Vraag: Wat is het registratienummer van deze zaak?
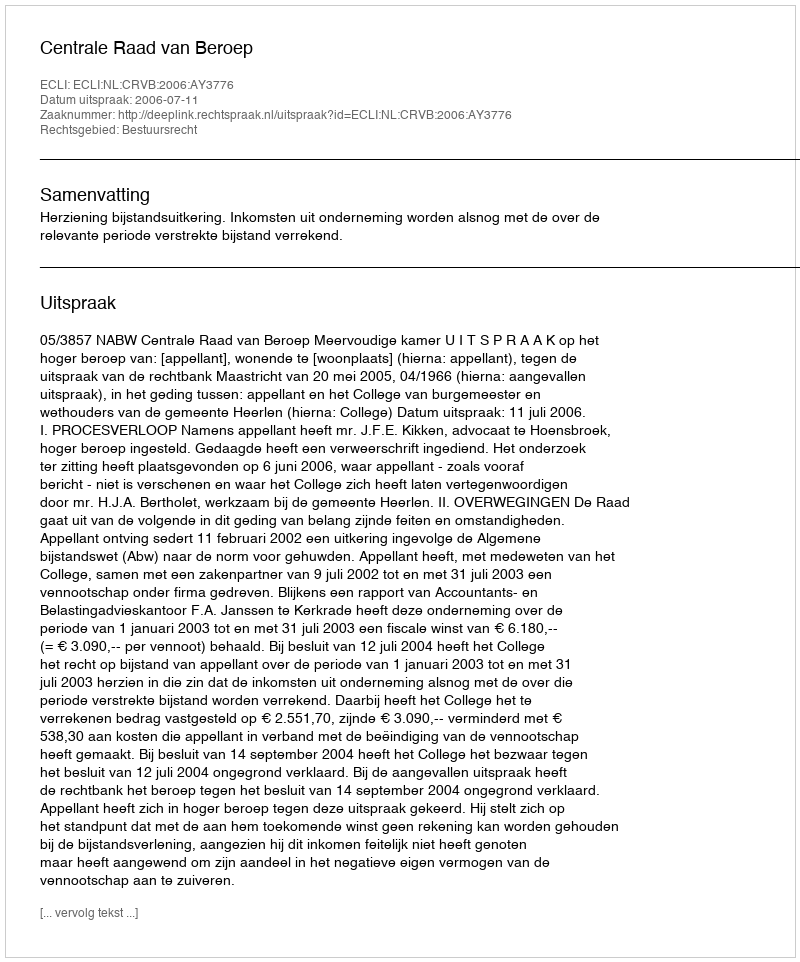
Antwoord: http://deeplink.rechtspraak.nl/uitspraak?id=ECLI:NL:CRVB:2006:AY3776